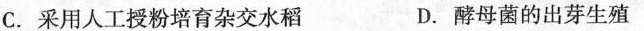
C.采用人工授粉培育杂交水稻 D.酵母菌的出芽生殖